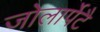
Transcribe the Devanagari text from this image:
जोलार्पेटै